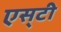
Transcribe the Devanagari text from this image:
एस्‌टी